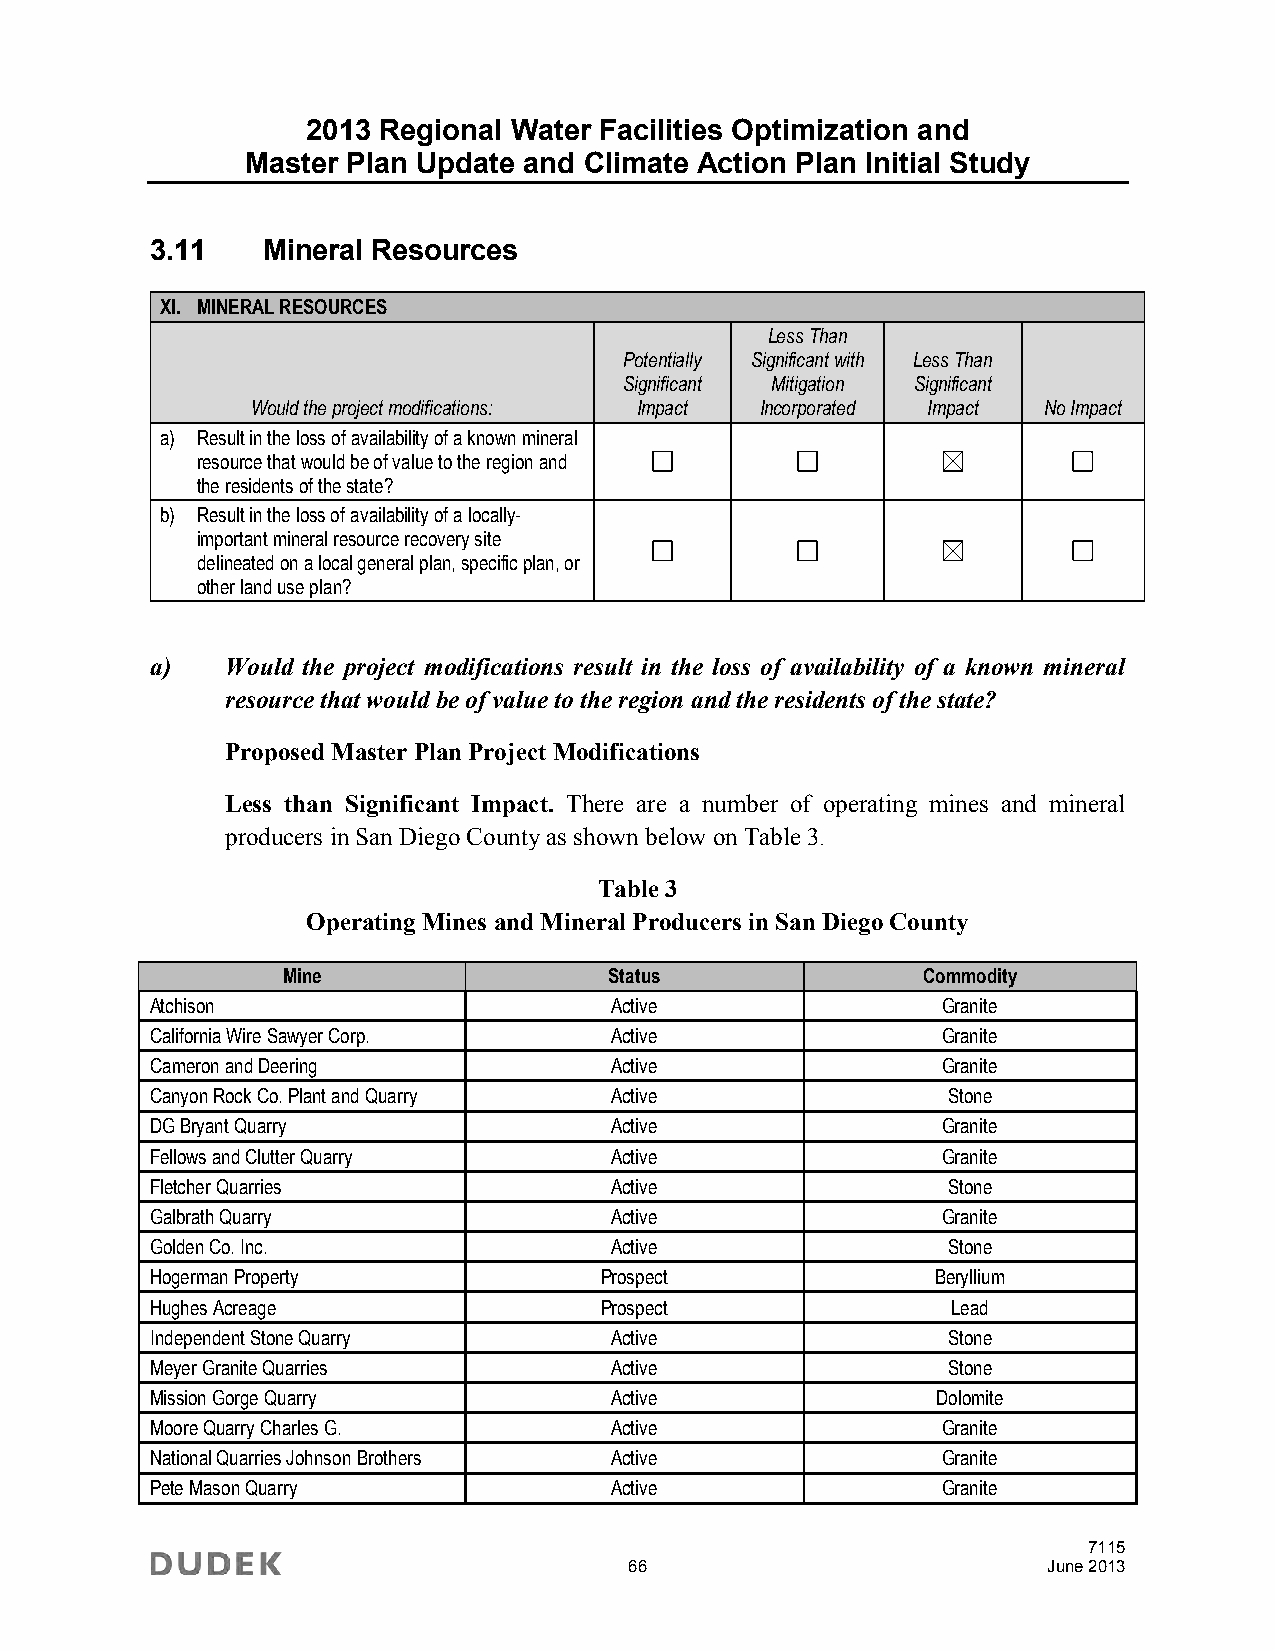
2013 Regional Water Facilities Optimization and
 Master Plan Update and Climate Action Plan Initial Study
 3.11   Mineral Resources
 XI. MINERAL RESOURCES
 Less Than
 Potentially Significant with Less Than
 Significant Mitigation Significant
 Would the project modifications: Impact Incorporated Impact No Impact
 a) Result in the loss of availability of a known mineral
 resource that would be of value to the region and
 the residents of the state?
 b) Result in the loss of availability of a locally-
 important mineral resource recovery site
 delineated on a local general plan, specific plan, or
 other land use plan?
 a)   Would the project modifications result in the loss of availability of a known mineral
 resource that would be of value to the region and the residents of the state?
 Proposed Master Plan Project Modifications
 Less than Significant Impact. There are a number of operating mines and mineral
 producers in San Diego County as shown below on Table 3.
 Table 3
 Operating Mines and Mineral Producers in San Diego County
 Mine                 Status               Commodity
 Atchison                      Active                Granite
 California Wire Sawyer Corp.  Active                Granite
 Cameron and Deering           Active                Granite
 Canyon Rock Co. Plant and Quarry Active              Stone
 DG Bryant Quarry              Active                Granite
 Fellows and Clutter Quarry    Active                Granite
 Fletcher Quarries             Active                 Stone
 Galbrath Quarry               Active                Granite
 Golden Co. Inc.               Active                 Stone
 Hogerman Property             Prospect              Beryllium
 Hughes Acreage                Prospect               Lead
 Independent Stone Quarry      Active                 Stone
 Meyer Granite Quarries        Active                 Stone
 Mission Gorge Quarry          Active                Dolomite
 Moore Quarry Charles G.       Active                Granite
 National Quarries Johnson Brothers Active           Granite
 Pete Mason Quarry             Active                Granite
 7115
 66                         June 2013